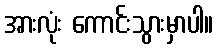
အားလုံး ကောင်းသွားမှာပါ။